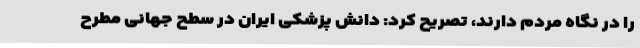
را در نگاه مردم دارند، تصریح کرد: دانش پزشکی ایران در سطح جهانی مطرح